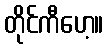
တိုင်ကီဟေ့။